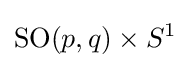
\operatorname {SO} (p,q)\times S^{1}